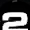
Digit: 2